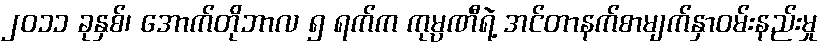
၂၀၁၁ ခုနှစ်၊ အောက်တိုဘာလ ၅ ရက်က ကုမ္ပဏီရဲ့ အင်တာနက်စာမျက်နှာဝမ်းနည်းမှု